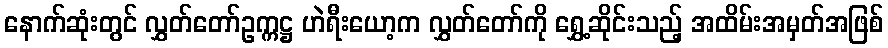
နောက်ဆုံးတွင် လွှတ်တော်ဥက္ကဋ္ဌ ဟဲရီးယော့က လွှတ်တော်ကို ရွှေ့ဆိုင်းသည့် အထိမ်းအမှတ်အဖြစ်